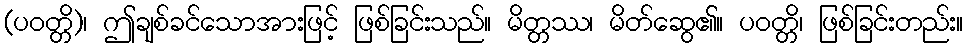
(ပဝတ္တိ)၊ ဤချစ်ခင်သောအားဖြင့် ဖြစ်ခြင်းသည်။ မိတ္တဿ၊ မိတ်ဆွေ၏။ ပဝတ္တိ၊ ဖြစ်ခြင်းတည်း။